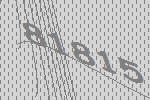
81815